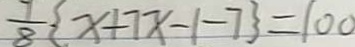
\frac { 7 } { 8 } \{ x + 7 x - 1 - 7 \} = 1 0 0